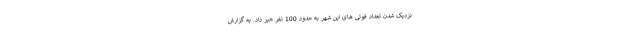
نزدیک شدن تعداد فوتی های این شهر به حدود 100 نفر خبر داد. به گزارش